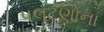
પલટણોના